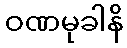
ဝဏမုခါနိ